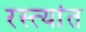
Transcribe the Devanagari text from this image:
रस्त्यांत